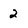
Character: 2